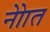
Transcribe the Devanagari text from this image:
नोाेत